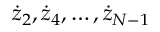
{ \dot { z } } _ { 2 } , { \dot { z } } _ { 4 } , \dots , { \dot { z } } _ { N - 1 }